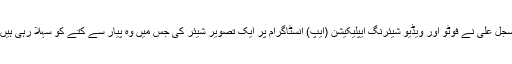
سجل علی نے فوٹو اور ویڈیو شیئرنگ ایپلیکیشن (ایپ) انسٹاگرام پر ایک تصویر شیئر کی جس میں وہ پیار سے کتے کو سہلا رہی ہیں۔